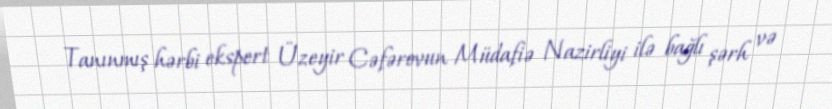
Tanınmış hərbi ekspert Üzeyir Cəfərovun Müdafiə Nazirliyi ilə bağlı şərh və